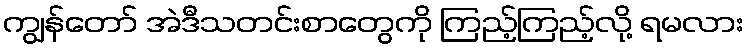
ကျွန်တော် အဲဒီသတင်းစာတွေကို ကြည့်ကြည့်လို့ ရမလား